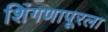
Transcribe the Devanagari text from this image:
शिंगणापूरला